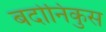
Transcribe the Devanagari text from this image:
बदोनिकुस